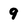
Character: 9